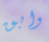
وابق